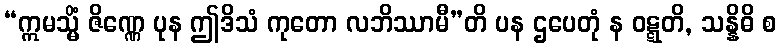
“ဣမသ္မိံ ဇိဏ္ဏေ ပုန ဤဒိသံ ကုတော လဘိဿာမီ”တိ ပန ဌပေတုံ န ဝဋ္ဋတိ, သန္နိဓိ စ